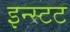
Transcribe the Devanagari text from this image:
इन्स्टट